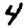
Digit: 4